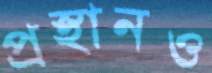
প্রস্থানও